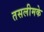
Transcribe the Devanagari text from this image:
तसलीमके